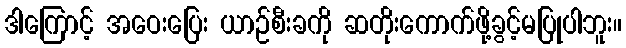
ဒါကြောင့် အဝေးပြေး ယာဉ်စီးခကို ဆတိုးကောက်ဖို့ခွင့်မပြုပါဘူး။